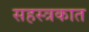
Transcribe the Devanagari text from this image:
सहस्त्रकात